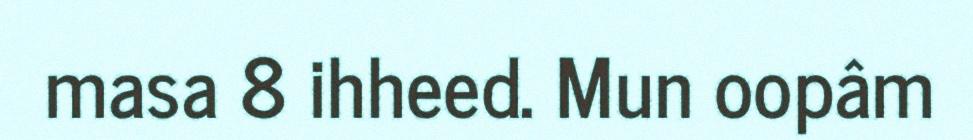
masa 8 ihheed. Mun oopâm